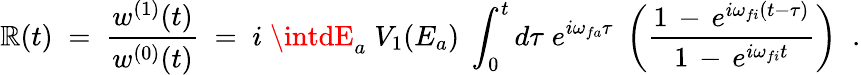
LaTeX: \mathbb{R}(t)\; =\; \frac{{w^{(1)}(t)}}{{w^{(0)}(t)}}\; =\; i\; \intdE_{a}\; V_{1}(E_{a})\; \int_{0}^{t}d\tau\; e^{i\omega_{fa}\tau}\; \left(\frac{{1\, -\, e^{i\omega_{fi}(t-\tau)}}}{{1\, -\, e^{i\omega_{fi}t}}}\right)\; \; .